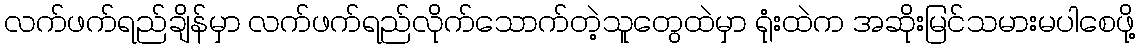
လက်ဖက်ရည်ချိန်မှာ လက်ဖက်ရည်လိုက်သောက်တဲ့သူတွေထဲမှာ ရုံးထဲက အဆိုးမြင်သမားမပါစေဖို့